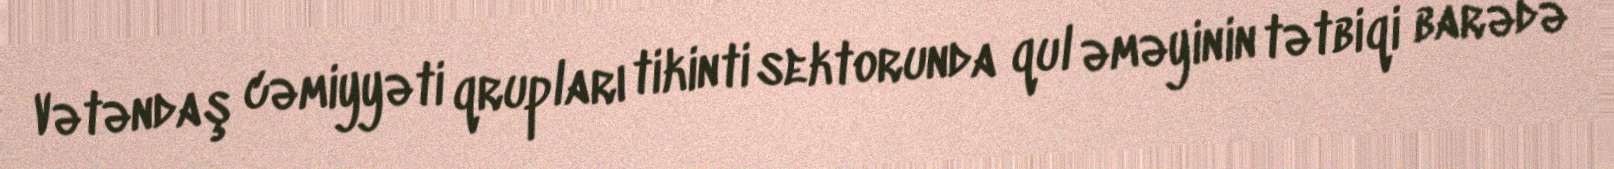
Vətəndaş cəmiyyəti qrupları tikinti sektorunda qul əməyinin tətbiqi barədə